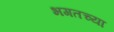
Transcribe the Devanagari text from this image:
भगतच्या